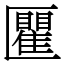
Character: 匷